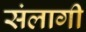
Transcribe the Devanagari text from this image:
संलागी